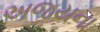
અજયના